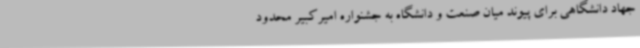
جهاد دانشگاهی برای پیوند میان صنعت و دانشگاه به جشنواره امیرکبیر محدود